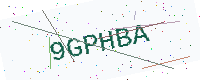
Text: 9GPHBA